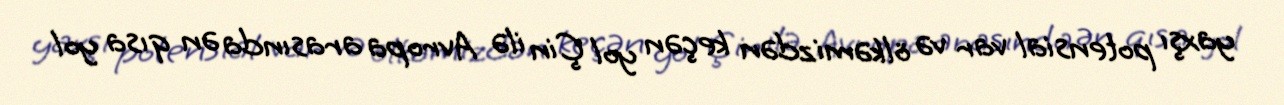
yaxşı potensial var və ölkəmizdən keçən yol Çin ilə Avropa arasında ən qısa yol